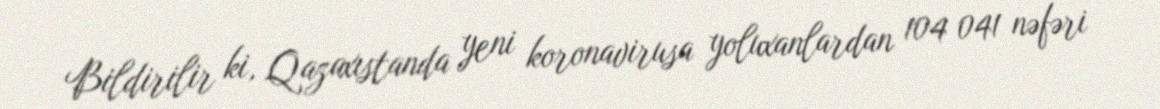
Bildirilir ki, Qazaxıstanda yeni koronavirusa yoluxanlardan 104 041 nəfəri